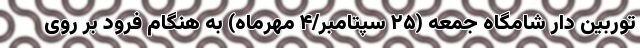
توربین دار شامگاه جمعه (۲۵ سپتامبر/۴ مهرماه) به هنگام فرود بر روی